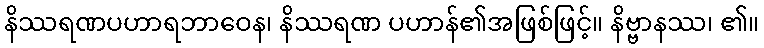
နိဿရဏပဟာရဘာဝေန၊ နိဿရဏ ပဟာန်၏အဖြစ်ဖြင့်။ နိဗ္ဗာနဿ၊ ၏။